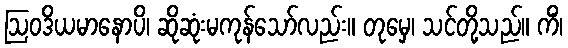
ဩဝဒိယမာနောပိ၊ ဆိုဆုံးမကုန်သော်လည်း။ တုမှေ၊ သင်တို့သည်။ ကိံ၊